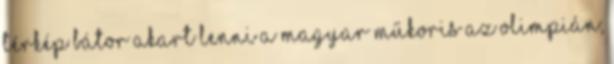
térkép Bátor akart lenni a magyar műkoris az olimpián,